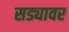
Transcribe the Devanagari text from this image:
सड्यावर